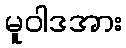
မူဝါဒအား